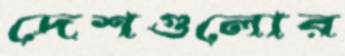
দেশগুলোর